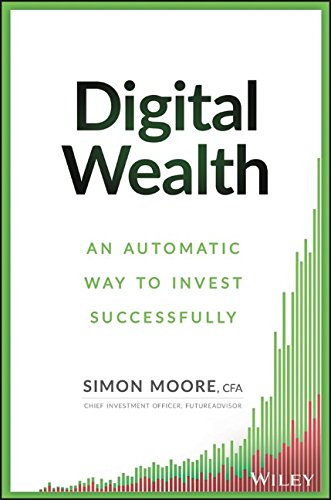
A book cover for Digital Wealth: An Automatic Way to Invest Successfully; Simon Moore; Business & Money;